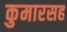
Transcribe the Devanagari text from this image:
कुमारसह